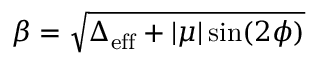
\beta = \sqrt { \Delta _ { \mathrm { e f f } } + | \mu | \sin ( 2 \phi ) }